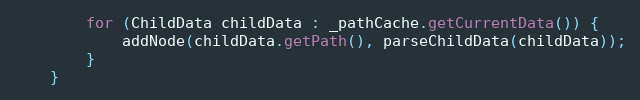
Language: Java
        for (ChildData childData : _pathCache.getCurrentData()) {
            addNode(childData.getPath(), parseChildData(childData));
        }
    }